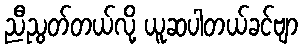
ညီညွတ်တယ်လို့ ယူဆပါတယ်ခင်ဗျာ